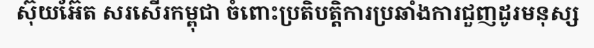
ស៊ុយអ៊ែត សរសើរកម្ពុជា ចំពោះប្រតិបត្តិការប្រឆាំងការជួញដូរមនុស្ស